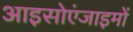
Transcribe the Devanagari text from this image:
आइसोएंजाइमों